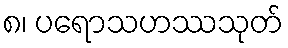
၈၊ ပရောသဟဿသုတ်